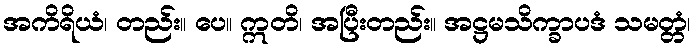
အကိရိယံ၊ တည်း။ ပေ။ ဣတိ၊ အပြီးတည်း။ အဋ္ဌမသိက္ခာပဒံ သမတ္တံ၊